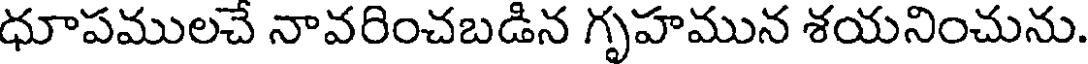
ధూపములచే నావరించబడిన గృహమున శయనించును.